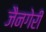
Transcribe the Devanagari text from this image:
जैनगेरी